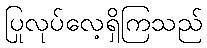
ပြုလုပ်လေ့ရှိကြသည်